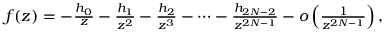
\begin{array} { r } { f ( z ) = - \frac { h _ { 0 } } { z } - \frac { h _ { 1 } } { z ^ { 2 } } - \frac { h _ { 2 } } { z ^ { 3 } } - \cdots - \frac { h _ { 2 N - 2 } } { z ^ { 2 N - 1 } } - o \left( \frac { 1 } { z ^ { 2 N - 1 } } \right) , } \end{array}